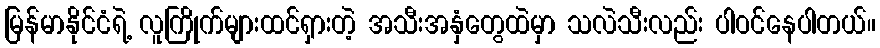
မြန်မာနိုင်ငံရဲ့ လူကြိုက်များထင်ရှားတဲ့ အသီးအနှံတွေထဲမှာ သလဲသီးလည်း ပါဝင်နေပါတယ်။